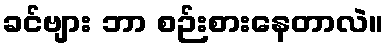
ခင်ဗျား ဘာ စဉ်းစားနေတာလဲ။